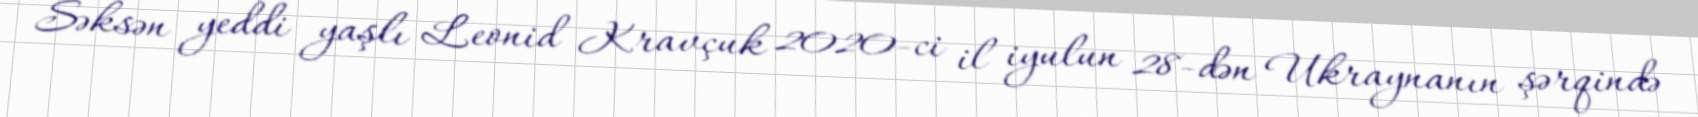
Səksən yeddi yaşlı Leonid Kravçuk 2020-ci il iyulun 28-dən Ukraynanın şərqində